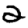
Digit: 2